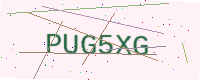
Text: PUG5XG